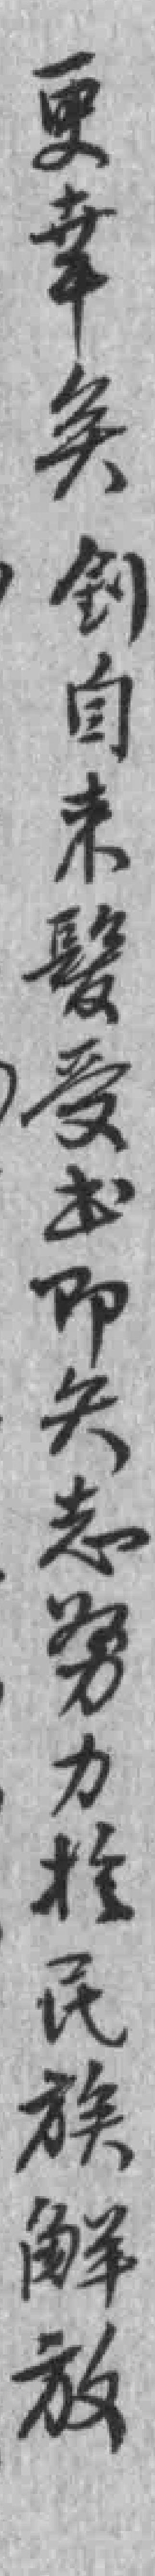
更幸矣釗自未*受出即矢志努力於民族觧放